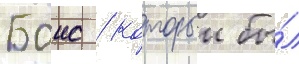
Боис / которыи бы́л